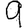
Digit: 9